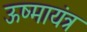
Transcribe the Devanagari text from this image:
ऊष्मायंत्र